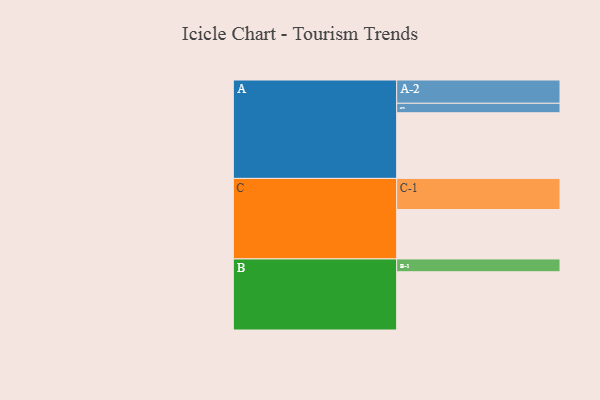
{"axis": {"x": "Segment", "y": "Value"}, "legend": ["", "A", "B", "C"], "data": [{"x": "A", "y": 547, "type": ""}, {"x": "B", "y": 485, "type": ""}, {"x": "C", "y": 412, "type": ""}, {"x": "A-1", "y": 79, "type": "A"}, {"x": "A-2", "y": 194, "type": "A"}, {"x": "B-1", "y": 107, "type": "B"}, {"x": "C-1", "y": 259, "type": "C"}]}